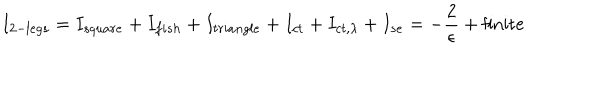
LaTeX: I _ { 2 - l e g s } = I _ { s q u a r e } + I _ { f i s h } + I _ { t r i a n g l e } + I _ { c t } + I _ { c t , \lambda } + I _ { s e } = - { \frac { 2 } { \epsilon } } + \mathrm { f i n i t e }